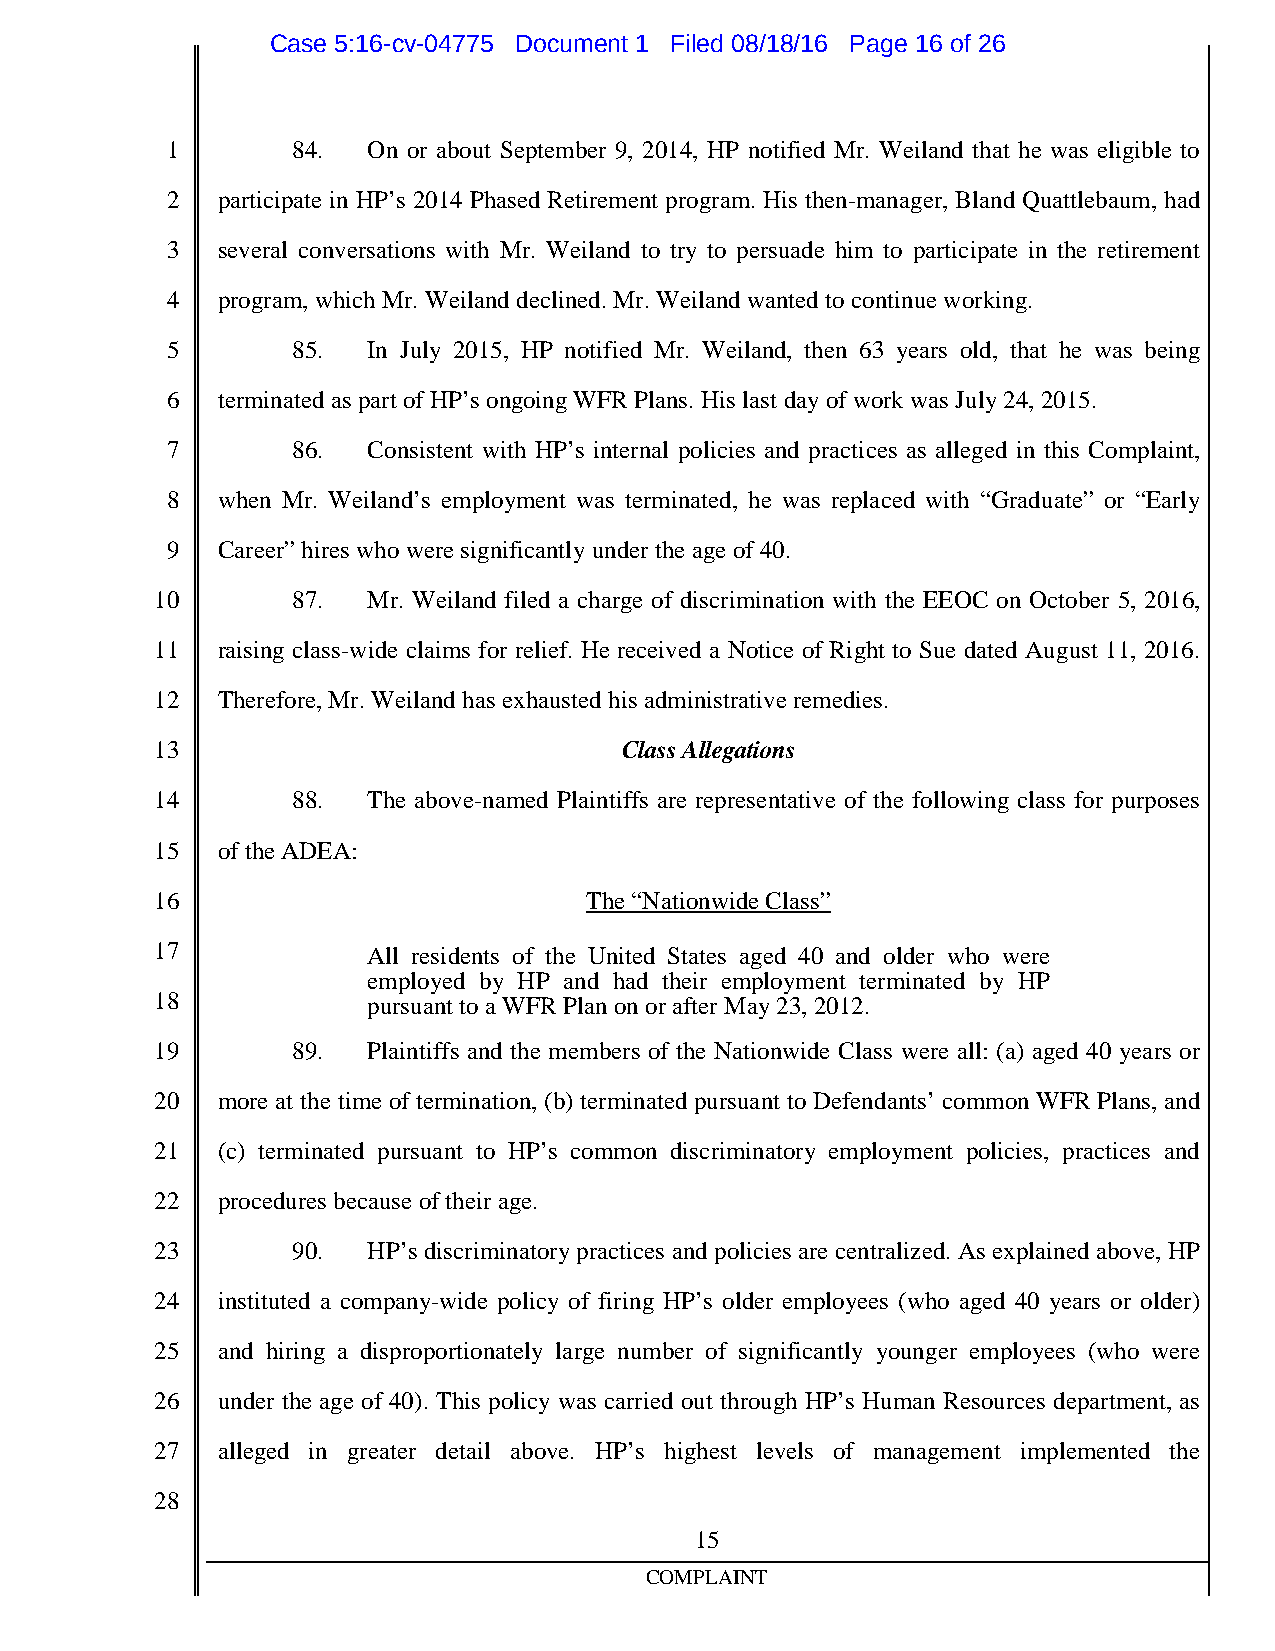
Case 5:16-cv-04775 Document 1 Filed 08/18/16 Page 16 of 26
 1       84.  On or about September 9, 2014, HP notified Mr. Weiland that he was eligible to
 2  participate in HP’s 2014 Phased Retirement program. His then-manager, Bland Quattlebaum, had
 3  several conversations with Mr. Weiland to try to persuade him to participate in the retirement
 4  program,whichMr.Weilanddeclined.Mr.Weilandwantedtocontinueworking.
 5       85.  In July 2015, HP notified Mr. Weiland, then 63 years old, that he was being
 6  terminatedas part ofHP’s ongoingWFR Plans. His last dayof workwas July24,2015.
 7       86.  Consistent with HP’s internal policies and practices as alleged in this Complaint,
 8  when Mr. Weiland’s employment was terminated, he was replaced with “Graduate” or “Early
 9  Career”hires who weresignificantlyundertheageof40.
 10       87.  Mr. Weiland filed a charge of discrimination with the EEOC on October 5, 2016,
 11  raising class-wide claims for relief. He received a Notice of Right to Sue dated August 11, 2016.
 12  Therefore,Mr.Weiland has exhaustedhis administrativeremedies.
 13                             ClassAllegations
 14       88.  The above-named Plaintiffs are representative of the following class for purposes
 15  oftheADEA:
 16                           The“NationwideClass”
 17            All residents of the United States aged 40 and older who were
 employed by HP and had their employment terminated by HP
 18            pursuant toaWFR PlanonorafterMay23,2012.
 19       89.  Plaintiffs and the members of the Nationwide Class were all: (a) aged 40 years or
 20  more at the time of termination, (b) terminated pursuant to Defendants’ common WFR Plans, and
 21  (c) terminated pursuant to HP’s common discriminatory employment policies, practices and
 22  procedures becauseoftheirage.
 23       90.  HP’s discriminatorypractices and policies are centralized. As explained above, HP
 24  instituted a company-wide policy of firing HP’s older employees (who aged 40 years or older)
 25  and hiring a disproportionately large number of significantly younger employees (who were
 26  under the age of 40). This policy was carried out through HP’s Human Resources department, as
 27  alleged in greater detail above. HP’s highest levels of management implemented the
 28
 15
 COMPLAINT